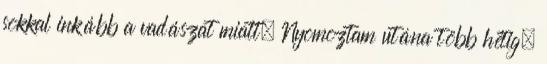
sokkal inkább a vadászat miatt. Nyomoztam utána több hétig,